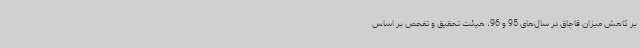
بر کاهش میزان قاچاق در سال‌های 95 و 96، هیئت تحقیق و تفحص بر اساس